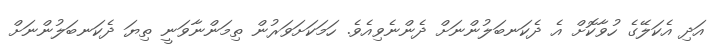
އަދި އެކަލޭގެ ހުވާކޮށް އެ ދެކަނބަލުންނަށް ދެންނެވިއެވެ. ހަމަކަށަވަރުން ތިމަންނާވަނީ ތިޔަ ދެކަނބަލުންނަށް